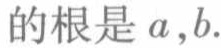
的根是 \(a,b.\)